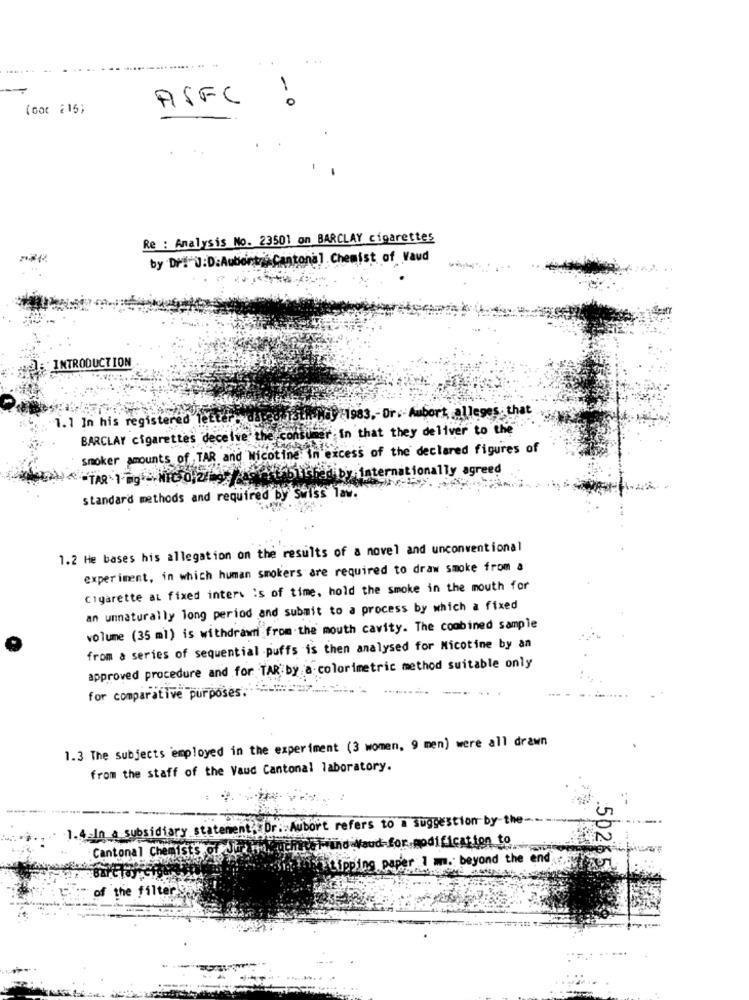
...
1
ASFC
(oot 215;
Re : Analysis No. 23501 on BARCLAY cigarettes
by Dr#"D:D:Aubontre.cantonal Chemist of Vaud
INTRODUCTION
1.1 In his registered 1
EN-May -1983 ,- Or .- Aubort, alleges that
BARCLAY cigarettes deceive the consumer in that they deliver to the
smoker amounts of ,TAR and Nicotine: In excess of the declared figures of
ly agreed
obtener by internat!
standard methods and required by Swiss lav.
1.2 He bases his allegation on the results of a novel and unconventional
experiment, in which human smokers are required to draw smoke from a
Cigarette at fixed inter. is of time, hold the smoke in the mouth for
an unnaturally long period and submit to a process by which a fixed
volume (35 ml) is withdrawn from the mouth cavity. The combined sample
from a series of sequential puffs is then analysed for Nicotine by an
approved procedure and for TAR by a colorimetric method suitable only
for comparative purposes.
1.3 The Subjects employed in the experiment (3 women, 9 men) were all drawn
from the staff of the Vaud Cantonal laboratory.
:
1.4.In_a subsidiary statement. Dr .: Aubort refers to a suggestion by-the-
Cantonal Chemist's of The m .. y
Sitipping paper
. beyond the end
of the filter 9;
502 5